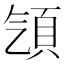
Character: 𩑡